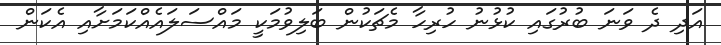
އަދި ދެ ވަނަ ބުރުގައި ކުޅުނު ހުރިހާ މެޗަކުން ބަލިވުމަކީ މައްސަލައެއްކަމަށާއި އެކަން